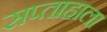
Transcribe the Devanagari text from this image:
सप्‍ताहाला